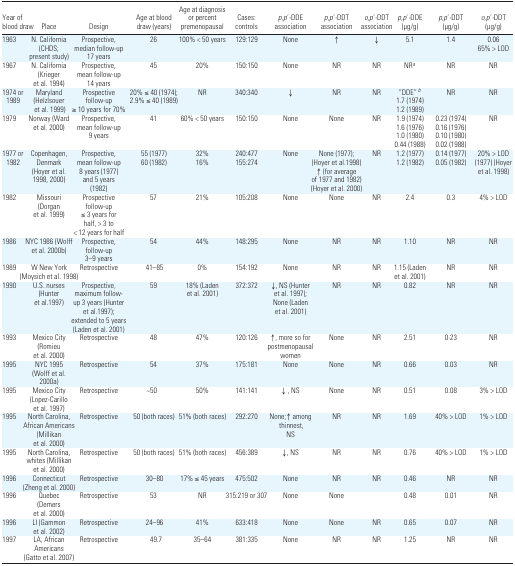
<table><thead><tr><td><b>Year of blood draw</b></td><td><b>Place</b></td><td><b>Design</b></td><td><b>Age at blood draw (years)</b></td><td><b>Age at diagnosis or percent premenopausal</b></td><td><b>Cases: controls</b></td><td><b><i>p,p</i>′<i>-</i>DDE association</b></td><td><b><i>p,p</i>′<i>-</i>DDT association</b></td><td><b><i>o,p</i>′<i>-</i>DDT association</b></td><td><b><i>p,p</i>′<i>-</i>DDE (μg/g)</b></td><td><b><i>p,p</i>′<i>-</i>DDT (μg/g)</b></td><td><b><i>o,p</i>′<i>-</i>DDT (μg/g)</b></td></tr></thead><tbody><tr><td>1963</td><td>N. California (CHDS; present study)</td><td>Prospective, median follow-up 17 years</td><td>26</td><td>100% &lt; 50 years</td><td>129:129</td><td>None</td><td>↑</td><td>↓</td><td>5.1</td><td>1.4</td><td>0.0665% &gt; LOD</td></tr><tr><td>1967</td><td>N. California (Krieger et al. 1994)</td><td>Prospective, mean follow-up 14 years</td><td>45</td><td>20%</td><td>150:150</td><td>None</td><td>NR</td><td>NR</td><td>NRa</td><td>NR</td><td>NR</td></tr><tr><td>1974 or 1989</td><td>Maryland (Helzlsouer et al. 1999)</td><td>Prospective follow-up ≥ 10 years for 70%</td><td>20% ≤ 40 (1974); 2.9% ≤ 40 (1989)</td><td>NR</td><td>340:340</td><td>↓</td><td>NR</td><td>NR</td><td>“DDE” b1.7 (1974)1.2 (1989)</td><td>NR</td><td>NR</td></tr><tr><td>1979</td><td>Norway (Ward et al. 2000)</td><td>Prospective, mean follow-up 9 years</td><td>41</td><td>60% &lt; 50 years</td><td>150:150</td><td>None</td><td>None</td><td>NR</td><td>1.9 (1974)1.6 (1976)1.0 (1980)0.44 (1988)</td><td>0.23 (1974)0.16 (1976)0.10 (1980)0.02 (1988)</td><td>NR</td></tr><tr><td>1977 or 1982</td><td>Copenhagen, Denmark (Hoyer et al. 1998, 2000)</td><td>Prospective, mean follow-up 8 years (1977) and 5 years (1982)</td><td>55 (1977)60 (1982)</td><td>32%16%</td><td>240:477155:274</td><td>None</td><td>None (1977); (Hoyer et al.1998) ↑ (for average of 1977 and 1982) (Hoyer et al. 2000)</td><td>NR</td><td>1.2 (1977)1.2 (1982)</td><td>0.14 (1977)0.05 (1982)</td><td>20% &gt; LOD (1977) (Hoyer et al. 1998)</td></tr><tr><td>1982</td><td>Missouri (Dorgan et al. 1999)</td><td>Prospective follow-up ≤ 3 years for half, &gt; 3 to &lt; 12 years for half</td><td>57</td><td>21%</td><td>105:208</td><td>None</td><td>None</td><td>NR</td><td>2.4</td><td>0.3</td><td>4% &gt; LOD</td></tr><tr><td>1986</td><td>NYC 1986 (Wolff et al. 2000b)</td><td>Prospective, follow-up 3–9 years</td><td>54</td><td>44%</td><td>148:295</td><td>None</td><td>NR</td><td>NR</td><td>1.10</td><td>NR</td><td>NR</td></tr><tr><td>1989</td><td>W New York (Moysich et al. 1998)</td><td>Retrospective</td><td>41–85</td><td>0%</td><td>154:192</td><td>None</td><td>NR</td><td>NR</td><td>1.15 (Laden et al. 2001)</td><td>NR</td><td>NR</td></tr><tr><td>1990</td><td>U.S. nurses (Hunter et al.1997)</td><td>Prospective, maximum follow-up 3 years (Hunter et al.1997); extended to 5 years (Laden et al. 2001)</td><td>59</td><td>18% (Laden et al. 2001)</td><td>372:372</td><td>↓, NS (Hunter et al. 1997); None (Laden et al. 2001)</td><td>NR</td><td>NR</td><td>0.82</td><td>NR</td><td>NR</td></tr><tr><td>1993</td><td>Mexico City (Romieu et al. 2000)</td><td>Retrospective</td><td>48</td><td>47%</td><td>120:126</td><td>↑, more so for postmenopausal women</td><td>None</td><td>NR</td><td>2.51</td><td>0·23</td><td>NR</td></tr><tr><td>1995</td><td>NYC 1995 (Wolff et al. 2000a)</td><td>Retrospective</td><td>54</td><td>37%</td><td>175:181</td><td>None</td><td>None</td><td>NR</td><td>0.66</td><td>0.03</td><td>NR</td></tr><tr><td>1995</td><td>Mexico City (Lopez-Carillo et al. 1997)</td><td>Retrospective</td><td>~50</td><td>50%</td><td>141:141</td><td>↓ , NS</td><td>None</td><td>NR</td><td>0.51</td><td>0.08</td><td>3% &gt; LOD</td></tr><tr><td>1995</td><td>North Carolina, African Americans (Millikan et al. 2000)</td><td>Retrospective</td><td>50 (both races)</td><td>51% (both races)</td><td>292:270</td><td>None;↑ among thinnest, NS</td><td>NR</td><td>NR</td><td>1.69</td><td>40% &gt; LOD</td><td>1% &gt; LOD</td></tr><tr><td>1995</td><td>North Carolina, whites (Millikan et al. 2000)</td><td>Retrospective</td><td>50 (both races)</td><td>51% (both races)</td><td>456:389</td><td>↓, NS</td><td>NR</td><td>NR</td><td>0.76</td><td>40% &gt; LOD</td><td>1% &gt; LOD</td></tr><tr><td>1996</td><td>Connecticut (Zheng et al. 2000)</td><td>Retrospective</td><td>30–80</td><td>17% ≤ 45 years</td><td>475:502</td><td>None</td><td>NR</td><td>NR</td><td>0.46</td><td>NR</td><td>NR</td></tr><tr><td>1996</td><td>Quebec (Demers et al. 2000)</td><td>Retrospective</td><td>53</td><td>NR</td><td>315:219 or 307</td><td>None</td><td>None</td><td></td><td>0.48</td><td>0.01</td><td>NR</td></tr><tr><td>1996</td><td>LI (Gammon et al. 2002)</td><td>Retrospective</td><td>24–96</td><td>41%</td><td>633:418</td><td>None</td><td>None</td><td>NR</td><td>0.65</td><td>0.07</td><td>NR</td></tr><tr><td>1997</td><td>LA, African Americans (Gatto et al. 2007)</td><td>Retrospective</td><td>49.7</td><td>35–64</td><td>381:335</td><td>None</td><td>NR</td><td>NR</td><td>1.25</td><td>NR</td><td>NR</td></tr></tbody></table>